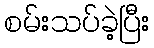
စမ်းသပ်ခဲ့ပြီး